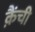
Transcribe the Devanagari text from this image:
क़ैंची